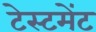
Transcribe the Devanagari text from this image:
टेस्टमेंट